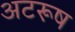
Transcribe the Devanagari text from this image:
अटरूष